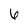
Character: 6